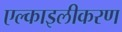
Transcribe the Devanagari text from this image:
एल्काइलीकरण